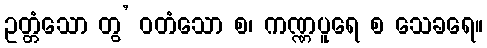
ဥတ္တံသော တွ’ ဝတံသော စ၊ ကဏ္ဏပူရေ စ သေခရေ။